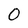
Character: O